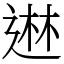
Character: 䢞